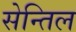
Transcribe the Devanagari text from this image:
सेन्तिल